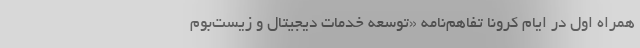
همراه اول در ایام کرونا تفاهم‌نامه «توسعه خدمات دیجیتال و زیست‌بوم